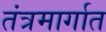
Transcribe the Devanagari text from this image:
तंत्रमार्गात